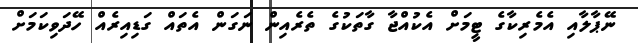
ނޭޕާލާއި އެމެރިކާގެ ޓީމަށް އެކުއްޖާ ގާތަކުގެ ތެރެއިން ނަގަން އެތައް ގަޑިއިރެއް ހޭދަވިކަމަށް